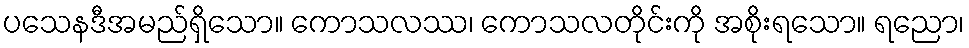
ပသေနဒီအမည်ရှိသော။ ကောသလဿ၊ ကောသလတိုင်းကို အစိုးရသော။ ရညော၊